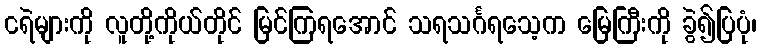
ငရဲများကို လူတို့ကိုယ်တိုင် မြင်ကြရအောင် သရသင်္ဂရသေ့က မြေကြီးကို ခွဲ၍ပြပုံ၊